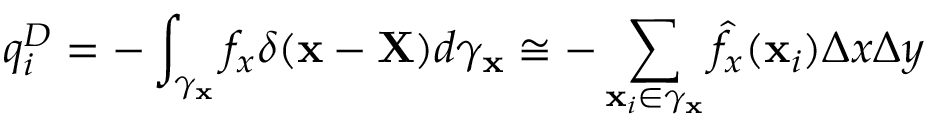
q _ { i } ^ { D } = - \int _ { \gamma _ { \mathbf { x } } } { f } _ { x } \delta ( \mathbf { x } - \mathbf { X } ) d \gamma _ { \mathbf { x } } \cong - \sum _ { \mathbf { x } _ { i } \in \gamma _ { \mathbf { x } } } \hat { { f } } _ { x } ( \mathbf { x } _ { i } ) \Delta x \Delta y